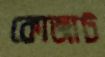
কোজার্ট